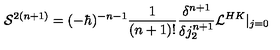
{ \cal S } ^ { 2 ( n + 1 ) } = ( - \hbar ) ^ { - n - 1 } \frac 1 { ( n + 1 ) ! } \frac { \delta ^ { n + 1 } } { \delta j _ { 2 } ^ { n + 1 } } { \cal L } ^ { H K } \vert _ { j = 0 }